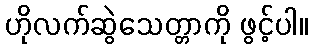
ဟိုလက်ဆွဲသေတ္တာကို ဖွင့်ပါ။